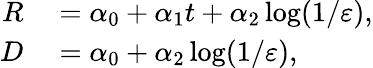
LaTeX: \begin{array}{rl}{R}&{{}=\alpha_{0}+\alpha_{1}t+\alpha_{2}\log(1/\varepsilon),}\\ {D}&{{}=\alpha_{0}+\alpha_{2}\log(1/\varepsilon),}\end{array}